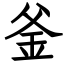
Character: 釜